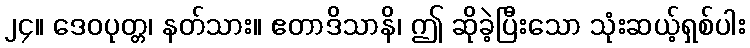
၂၄။ ဒေဝပုတ္တ၊ နတ်သား။ ဧတာဒိသာနိ၊ ဤ ဆိုခဲ့ပြီးသော သုံးဆယ့်ရှစ်ပါး